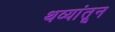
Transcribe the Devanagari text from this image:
थव्यांतून